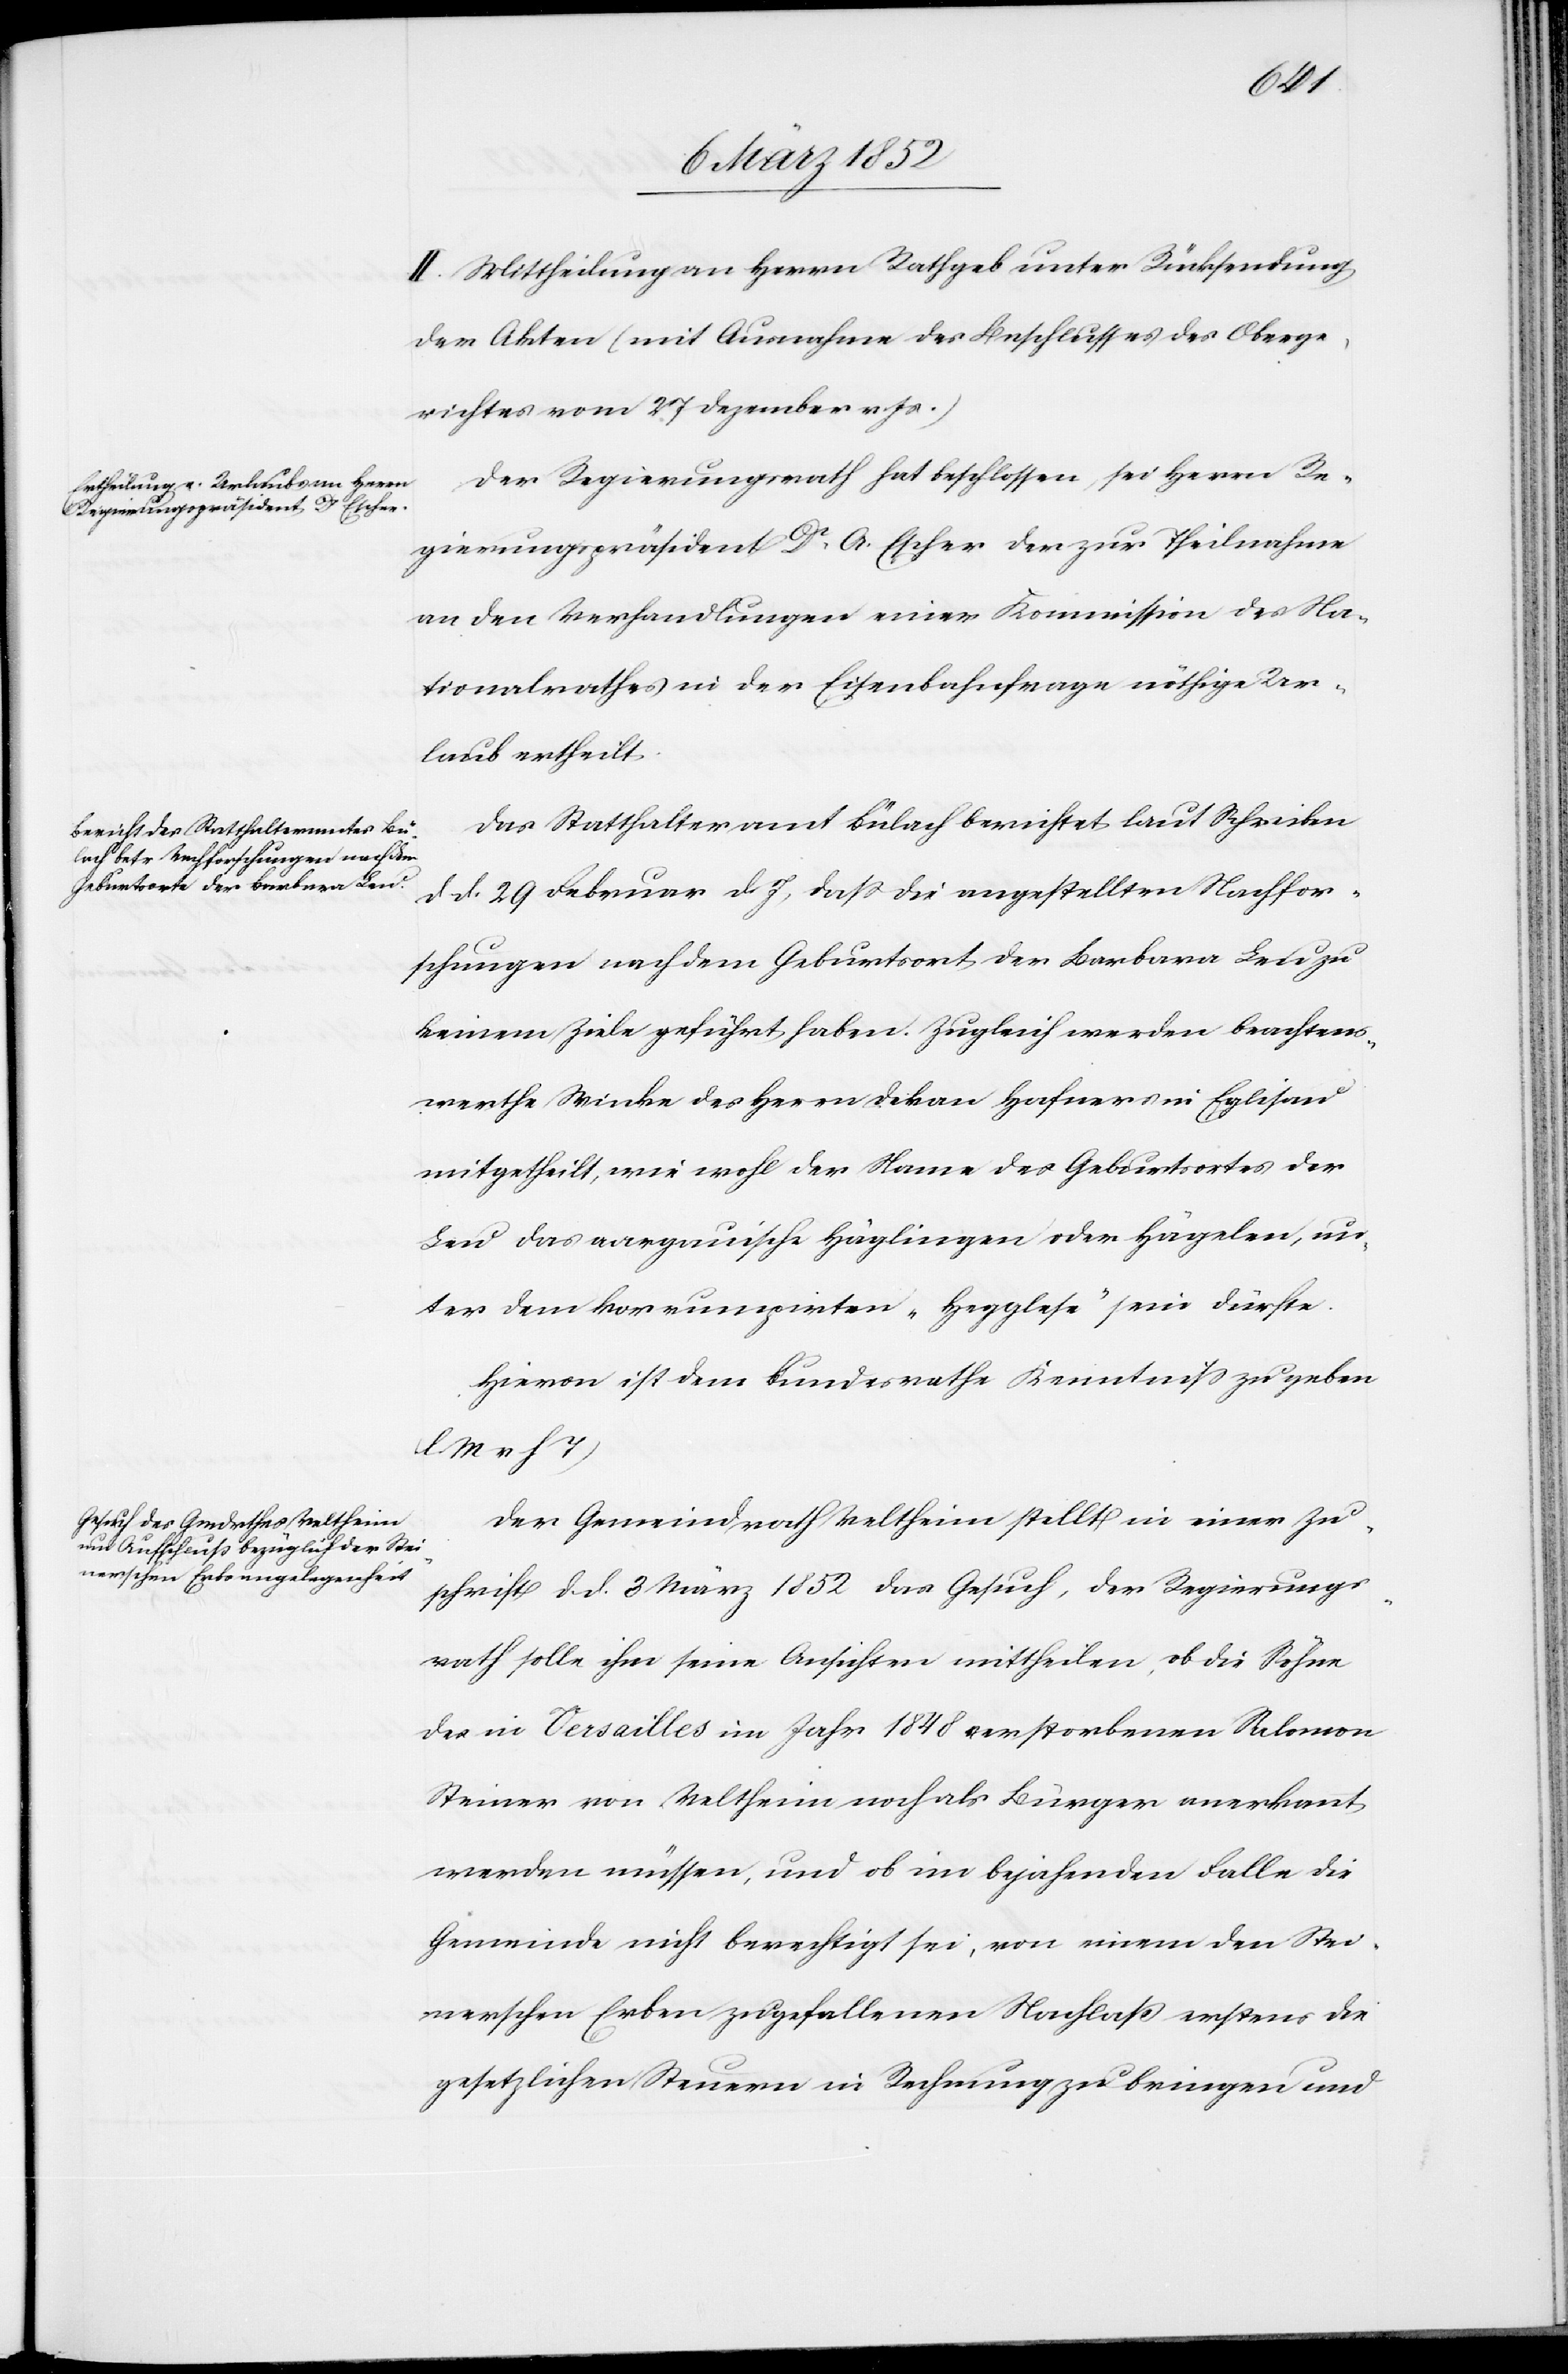
II. Mittheilung an Herrn Rathgeb unter Rücksendung
der Akten (mit Annahme des Beschlusses des Oberge¬
richtes vom 27 Dezember v. Js.)
Der Regierungsrath hat beschlossen, sei Herrn Re¬
gierungspräsident Dr A. Escher der zur Theilnahme
an den Verhandlungen einer Kommission des Na¬
tionalrathes in der Eisenbahnfrage nöthige Ur¬
laub ertheilt.
Das Statthalteramt Bülach berichtet laut Schreiben
dd. 29 Februar dJ, daß die angestellten Nachfor¬
schungen nach dem Geburtsort der Barbara Leu zu
keinem Ziele geführt haben. Zugleich werden beachtens¬
werthe Winke des Herrn Dekan Hofmann in Eglisau
mitgetheilt, wie wohl der Name des Geburtsortes der
Leu das aargauische Häglingen oder Hägelen, un¬
ter dem korumpirten „Hegglese“ sein dürfte.
Hievon ist dem Bundesrathe Kenntniß zu geben
(l M v h
Der Gemeindrath Veltheim stellt in einer Zu¬
schrift d. d. 3 März 1852 das Gesuch, der Regierungs¬
rath solle ihm seine Ansichten mittheilen, ob die Söhne
des in Versailles im Jahr 1848 verstorbenen Salomon
Steiner von Veltheim noch als Bürger anerkannt
werden müssen, und ob in bejahendem Falle die
Gemeinde nicht berechtigt sei, von einem den Stei¬
nerschen Erben zufallenden Nachlaß erstens die
gesetzlichen Steuern in Rechnung zu bringen und